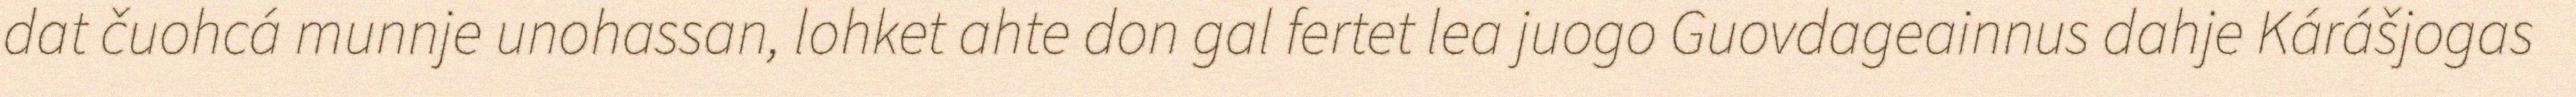
dat čuohcá munnje unohassan, lohket ahte don gal fertet lea juogo Guovdageainnus dahje Kárášjogas